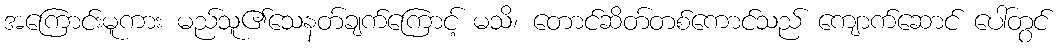
အကြောင်းမူကား မည်သူ၏သေနတ်ချက်ကြောင့် မသိ၊ တောင်ဆိတ်တစ်ကောင်သည် ကျောက်ဆောင် ပေါ်တွင်